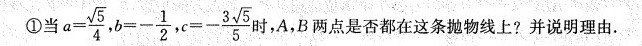
第6题①当 $$a = \frac { \sqrt { 5 } }{ 4 }$$ $$b = - \frac { 1 } { 2 }$$ $$c = - \frac { 3 \sqrt { 5 } } { 5 }$$ 时，A，B两点是否都在这条抛物线上?并说明理由。